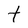
Character: t